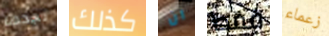
نجدها كذلك ان فقط زعماء